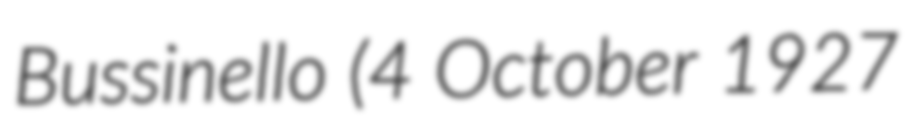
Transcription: Bussinello (4 October 1927